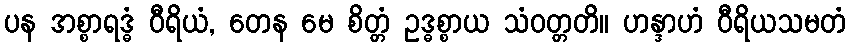
ပန အစ္စာရဒ္ဓံ ဝီရိယံ, တေန မေ စိတ္တံ ဥဒ္ဓစ္စာယ သံဝတ္တတိ။ ဟန္ဒာဟံ ဝီရိယသမတံ